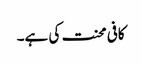
کافی محنت کی ہے۔